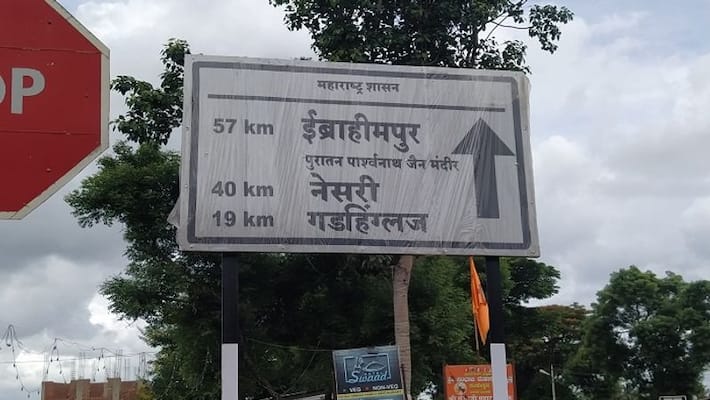
Language: marathi
Transcription: इब्राहीमपूर मंदिर पार्श्वनाथ महाराष्ट्र शासन नेसरी गडहिंग्लज जैन पुरातन